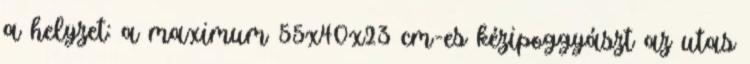
a helyzet: a maximum 55x40x23 cm-es kézipoggyászt az utas